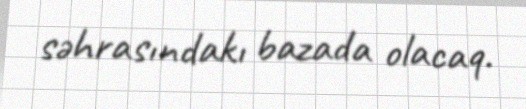
səhrasındakı bazada olacaq.